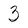
Character: 3